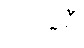
တက္ကစီ